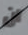
ان